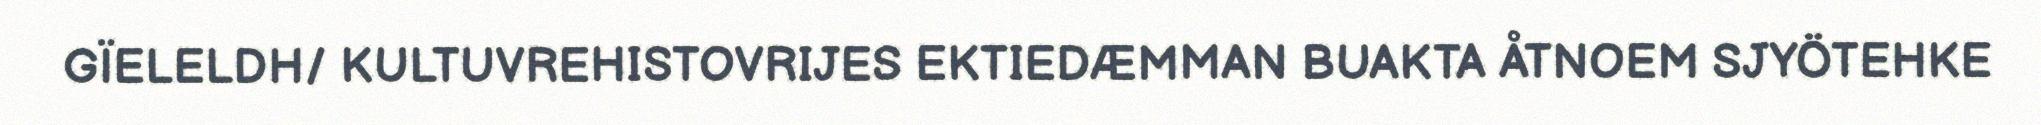
GÏELELDH/ KULTUVREHISTOVRIJES EKTIEDÆMMAN BUAKTA ÅTNOEM SJYÖTEHKE